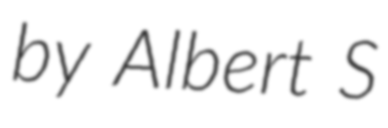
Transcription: by Albert S